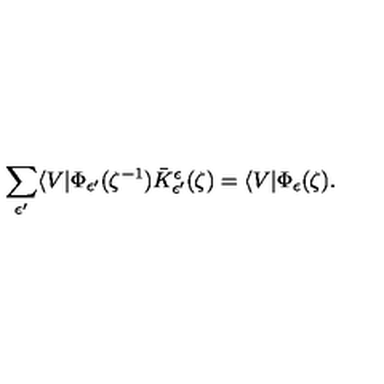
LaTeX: \sum _ { \epsilon ^ { \prime } } \langle V | \Phi _ { \epsilon ^ { \prime } } ( \zeta ^ { - 1 } ) \bar { K } _ { \epsilon ^ { \prime } } ^ { \epsilon } ( \zeta ) = \langle V | \Phi _ { \epsilon } ( \zeta ) .